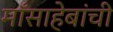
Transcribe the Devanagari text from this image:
माँसाहेबांची